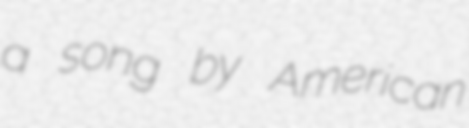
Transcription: a song by American